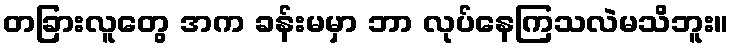
တခြားလူတွေ အက ခန်းမမှာ ဘာ လုပ်နေကြသလဲမသိဘူး။